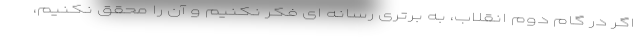
اگر در گام دوم انقلاب، به برتری رسانه ای فکر نکنیم و آن را محقق نکنیم،